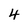
Character: 4